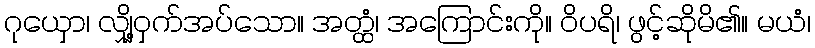
ဂုယှော၊ လျှို့ဝှက်အပ်သော။ အတ္ထံ၊ အကြောင်းကို။ ဝိပရိ၊ ဖွင့်ဆိုမိ၏။ မယံ၊